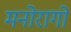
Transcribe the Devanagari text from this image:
मनोरागों